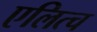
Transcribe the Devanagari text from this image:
एलित्च